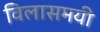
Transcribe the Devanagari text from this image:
विलासमयी